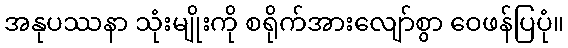
အနုပဿနာ သုံးမျိုးကို စရိုက်အားလျော်စွာ ဝေဖန်ပြပုံ။